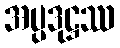
အပ္ပဒုဋ္ဌဿ